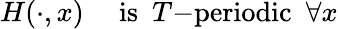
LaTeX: H(\cdot,x)\ \ \ \ \ \mathrm{is}\ \ T\mathrm{-periodic}\ \ \forall x